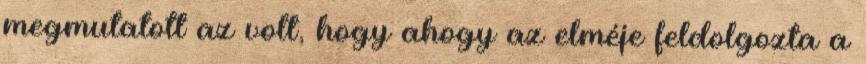
megmutatott az volt, hogy ahogy az elméje feldolgozta a